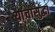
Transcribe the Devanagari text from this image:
यांचासुद्धा